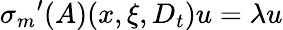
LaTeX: {{\sigma}_{m}}^{\prime}(A)(x,\xi,D_{t})u=\lambda u